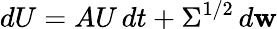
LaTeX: dU=AU\, dt+\Sigma^{1/2}\, d\mathbf{w}